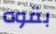
بقوه